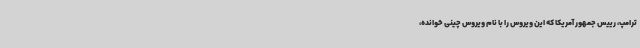
ترامپ، رییس جمهور آمریکا که این ویروس را با نام ویروس چینی خوانده،